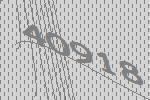
40918